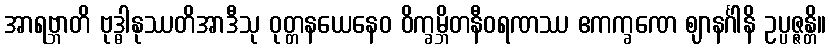
အာရဗ္ဘာတိ ဗုဒ္ဓါနုဿတိအာဒီသု ဝုတ္တနယေနေဝ ဝိက္ခမ္ဘိတနီဝရဏဿ ဧကက္ခဏေ ဈာနင်္ဂါနိ ဥပ္ပဇ္ဇန္တိ။